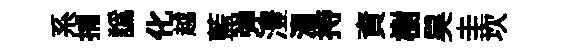
系捕譌化越藍弹澧溜持資樹昊圭坎